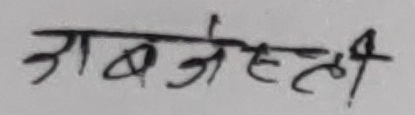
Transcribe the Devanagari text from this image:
अब्जेस्टी